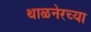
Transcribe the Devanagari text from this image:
थाळनेरच्या